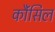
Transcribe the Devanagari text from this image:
कौंंसिल